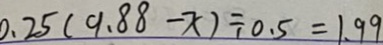
0 . 2 5 ( 9 . 8 8 - x ) \div 0 . 5 = 1 . 9 9